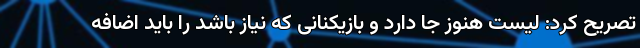
تصریح کرد: لیست هنوز جا دارد و بازیکنانی که نیاز باشد را باید اضافه